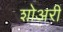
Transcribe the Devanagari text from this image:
शोअरी